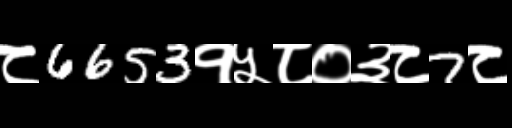
Text: ८6653१५८०३८7८